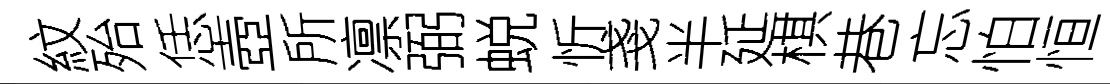
紋殆恁壺所凛弼蜕忻戔半延棋巷忘怕恒